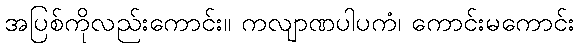
အပြစ်ကိုလည်းကောင်း။ ကလျာဏပါပကံ၊ ကောင်းမကောင်း